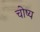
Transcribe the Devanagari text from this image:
चोष्य